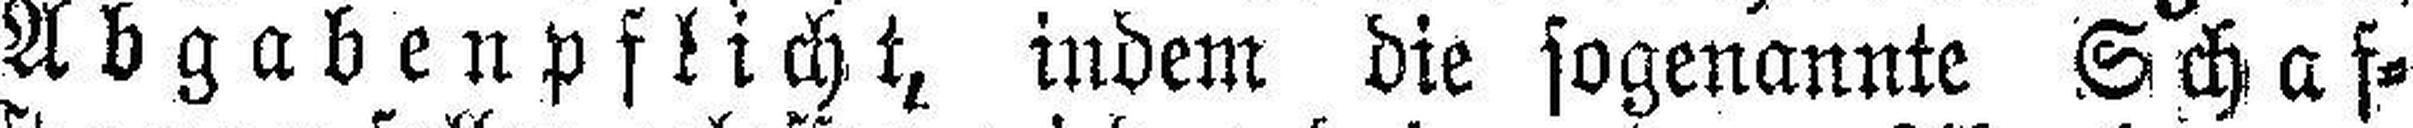
Abgabenpflicht, indem die sogenannte Schaf¬